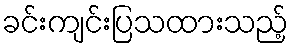
ခင်းကျင်းပြသထားသည့်